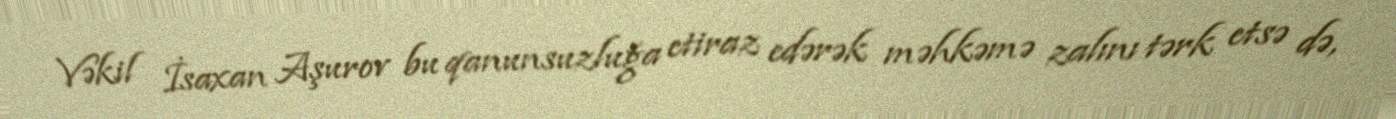
Vəkil İsaxan Aşurov bu qanunsuzluğa etiraz edərək məhkəmə zalını tərk etsə də,